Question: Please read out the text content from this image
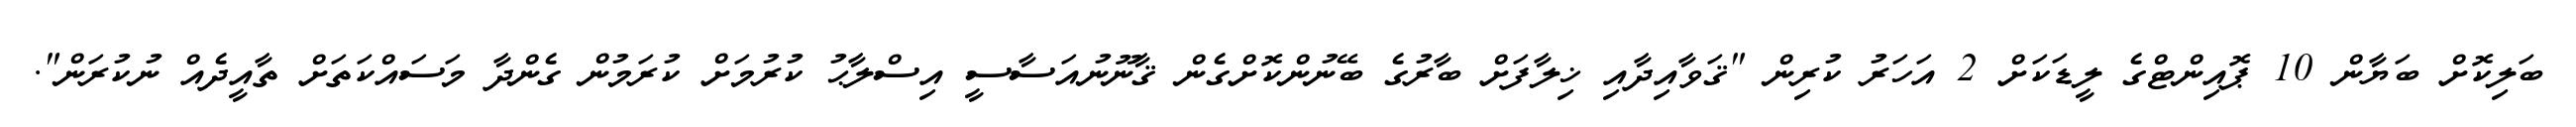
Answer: ބަލިކޮށް ބަޔާން 10 ޕޮއިންޓްގެ ލީޑަކަށް 2 އަހަރު ކުރިން "ޤަވާއިދާއި ޚިލާފަށް ބާރުގެ ބޭނުންކޮށްގެން ޤާނޫނުއަސާސީ އިސްލާޙު ކުރުމަށް ކުރަމުން ގެންދާ މަސައްކަތަށް ތާއީދެއް ނުކުރަން".